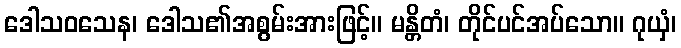
ဒေါသဝသေန၊ ဒေါသ၏အစွမ်းအားဖြင့်။ မန္တိတံ၊ တိုင်ပင်အပ်သော။ ဂုယှံ၊